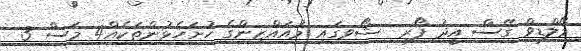
މޯލްޑިވް ގޭސް އީދު ފޯރި  ޝޯވގައި މުއައްޒިންގެ ހުށަހެޅުންތަކެއް4 މަސް 3